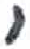
אות: י